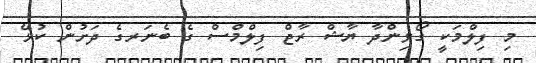
މި ފިލްމަކީ ގޯވިންދާ ޔާޝް ރާޖް ފިލްމްސް ގެ ބެނަރގެ ދަށުން ކުޅޭ